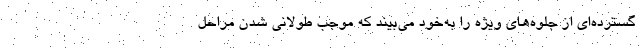
گسترده‌ای از جلوه‌های ویژه را به‌خود می‌بیند که موجب طولانی شدن مراحل